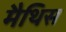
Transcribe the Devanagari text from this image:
मैथिस